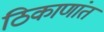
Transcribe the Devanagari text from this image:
ठिकाणांत